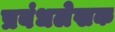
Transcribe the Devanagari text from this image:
प्रबंधलेखक